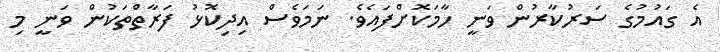
އެ ގައުމުގެ ސަރުކާރުން ވަނީ ހާމަކޮށްފައެވެ. ނަމަވެސް އިދިކޮޅު ފަރާތްތަކުން ވަނީ މި